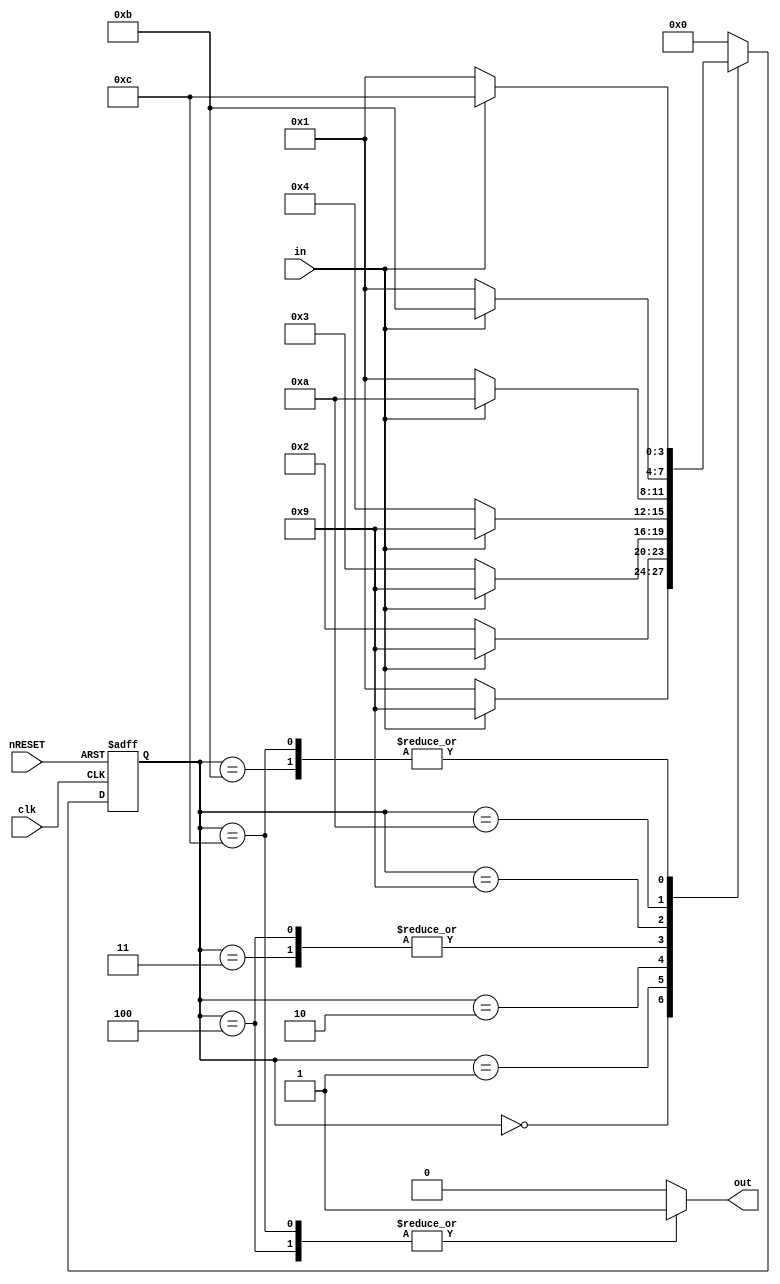
`define S0 4'b0000 //  state
`define S1 4'b0001 // 0 state
`define S2 4'b0010 // 00 state
`define S3 4'b0011 // 000 state
`define S4 4'b0100 // 0000 state
`define S5 4'b1001 // 1 state
`define S6 4'b1010 // 11 state
`define S7 4'b1011 // 111 state 
`define S8 4'b1100 // 1111 state

module moore (nRESET, clk, in, out);
	input nRESET, clk, in; // reset, clock, input
	output out; // output
	reg [3:0] curState, nextState; //  state  state 
	reg out;
	
	always @(posedge clk or negedge nRESET)
		if (!nRESET)
			curState <= `S0;
		else
			curState <= nextState;
	//       state  state .
			
	always @(curState or in)
		casex (curState)
			`S0: begin //  state
				if (in == 0) nextState = `S1; // 0 state 
				else nextState = `S5; // 1 state 
				out = 1'b0;
			end
			`S1: begin //  0 1  state
				if (in == 0) nextState = `S2; // 00 state 
				else nextState = `S5; // 1 state 
				out = 1'b0;
			end
			`S2: begin //  0 2  state 
				if (in == 0) nextState = `S3; // 000 state 
				else nextState = `S5; // 1 state 
				out = 1'b0;
			end
			`S3: begin //  0 3  state
				if (in == 0) nextState = `S4; // 0000 state 
				else nextState = `S5; // 1 state 
				out = 1'b0;
			end
			`S4: begin //  0 4  state
				if (in == 0) nextState = `S4; // 0000 state 
				else nextState = `S5; // 1 state 
				out = 1'b1; //  0 4   1 
			end
			`S5: begin //  1 1  state
				if (in == 0) nextState = `S1; // 0 state 
				else nextState = `S6; // 11 state 
				out = 1'b0;
			end
			`S6: begin //  1 2  state 
				if (in == 0) nextState = `S1; // 0 state 
				else nextState = `S7; // 111 state 
				out = 1'b0;
			end
			`S7: begin //  1 3  state 
				if (in == 0) nextState = `S1; // 0 state 
				else nextState = `S8; // 1111 state 
				out = 1'b0;
			end
			`S8: begin //  1 4  state
				if (in == 0) nextState = `S1; // 0 state 
				else nextState = `S8; // 1111 state 
				out = 1'b1; //  1 4   1 
			end
			default: begin
				nextState = `S0;
				out = 1'b0;
			end
		endcase
endmodule